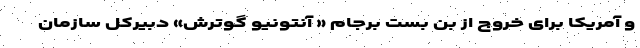
و آمریکا برای خروج از بن بست برجام « آنتونیو گوترش» دبیرکل سازمان